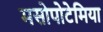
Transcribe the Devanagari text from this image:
मसोपोटेमिया